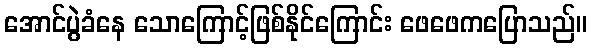
အောင်ပွဲခံနေ သောကြောင့်ဖြစ်နိုင်ကြောင်း ဖေဖေကပြောသည်။